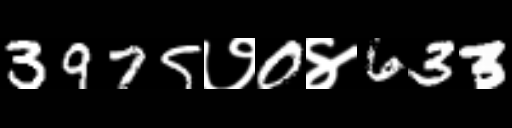
Text: 3975७0४633